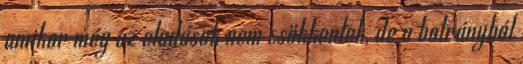
amikor még az eladások nem csökkentek, de a botrányból